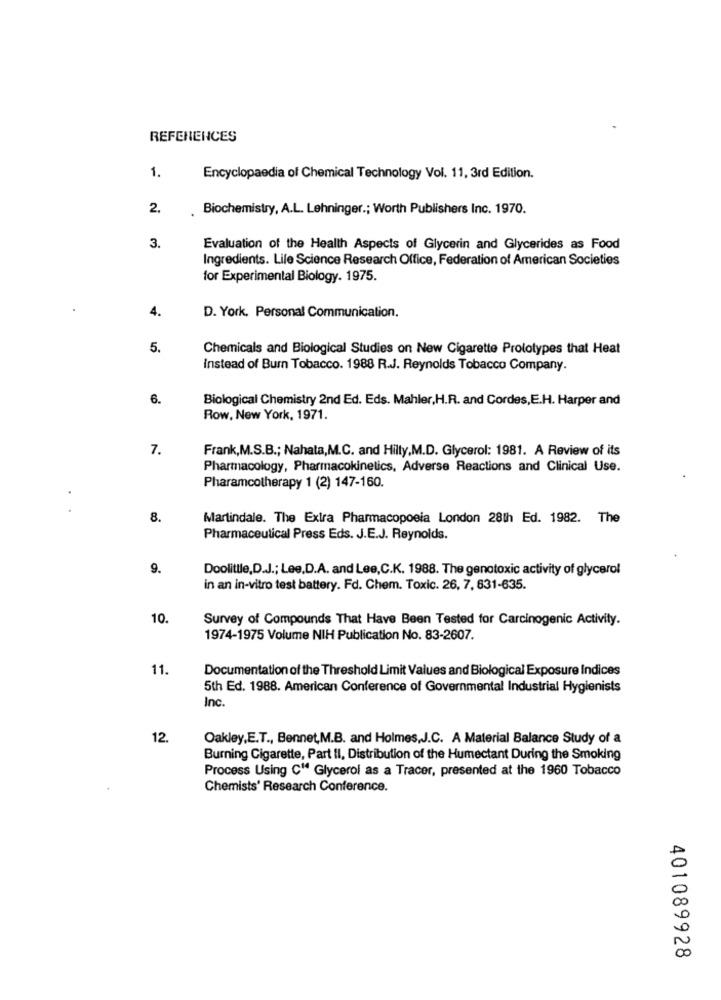
REFERENCES
1.
Encyclopaedia of Chemical Technology Vol. 11, 3rd Edition.
2.
Biochemistry, A.L. Lehninger .; Worth Publishers Inc. 1970.
3.
Evaluation of the Health Aspects of Glycerin and Glycerides as Food
Ingredients. Life Science Research Office, Federation of American Societies
for Experimental Biology. 1975.
4.
D. York, Personal Communication.
5.
Chemicals and Biological Studies on New Cigarette Prototypes that Heat
Instead of Burn Tobacco. 1988 R.J. Reynolds Tobacco Company.
6.
Biological Chemistry 2nd Ed. Eds. Mahler,H.R. and Cordes,E.H. Harper and
Row, New York, 1971.
7.
Frank,M.S.B .; Nahata,M.C. and Hilty,M.D. Glycerol: 1981. A Review of its
Pharmacology, Pharmacokinetics, Adverse Reactions and Clinical Use.
Pharamcotherapy 1 (2) 147-160.
8.
Martindale. The Extra Pharmacopoeia London 28th Ed. 1982. The
Pharmaceutical Press Eds. J.E.J. Reynolds.
9.
Doolittle,D.J .; Lee,D.A. and Lee,C.K. 1988. The genotoxic activity of glycerol
in an in-vitro test battery. Fd. Chem. Toxic. 26, 7, 631-635.
10.
Survey of Compounds That Have Been Tested for Carcinogenic Activity.
1974-1975 Volume NIH Publication No. 83-2607.
11.
Documentation of the Threshold Limit Values and Biological Exposure Indices
5th Ed. 1988. American Conference of Governmental Industrial Hygienists
Inc.
12.
Oakley,E.T ., Bennet,M.B. and Holmes,J.C. A Material Balance Study of a
Burning Cigarette, Part II, Distribution of the Humectant During the Smoking
Process Using C" Glycerol as a Tracer, presented at the 1960 Tobacco
Chemists' Research Conference.
401089928